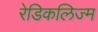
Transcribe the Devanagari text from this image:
रेडिकलिज्म